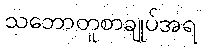
သဘောတူစာချုပ်အရ